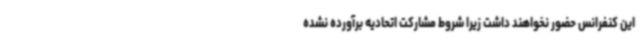
این کنفرانس حضور نخواهند داشت زیرا شروط مشارکت اتحادیه برآورده نشده